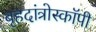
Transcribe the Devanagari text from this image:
बृहदांत्रोस्कॉपी